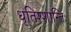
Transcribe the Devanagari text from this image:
धृतिश्शान्तिः